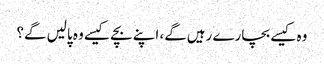
وہ کیسے بچارے رہیں‌گے، اپنے بچے کیسے وہ پالیں‌ گے؟